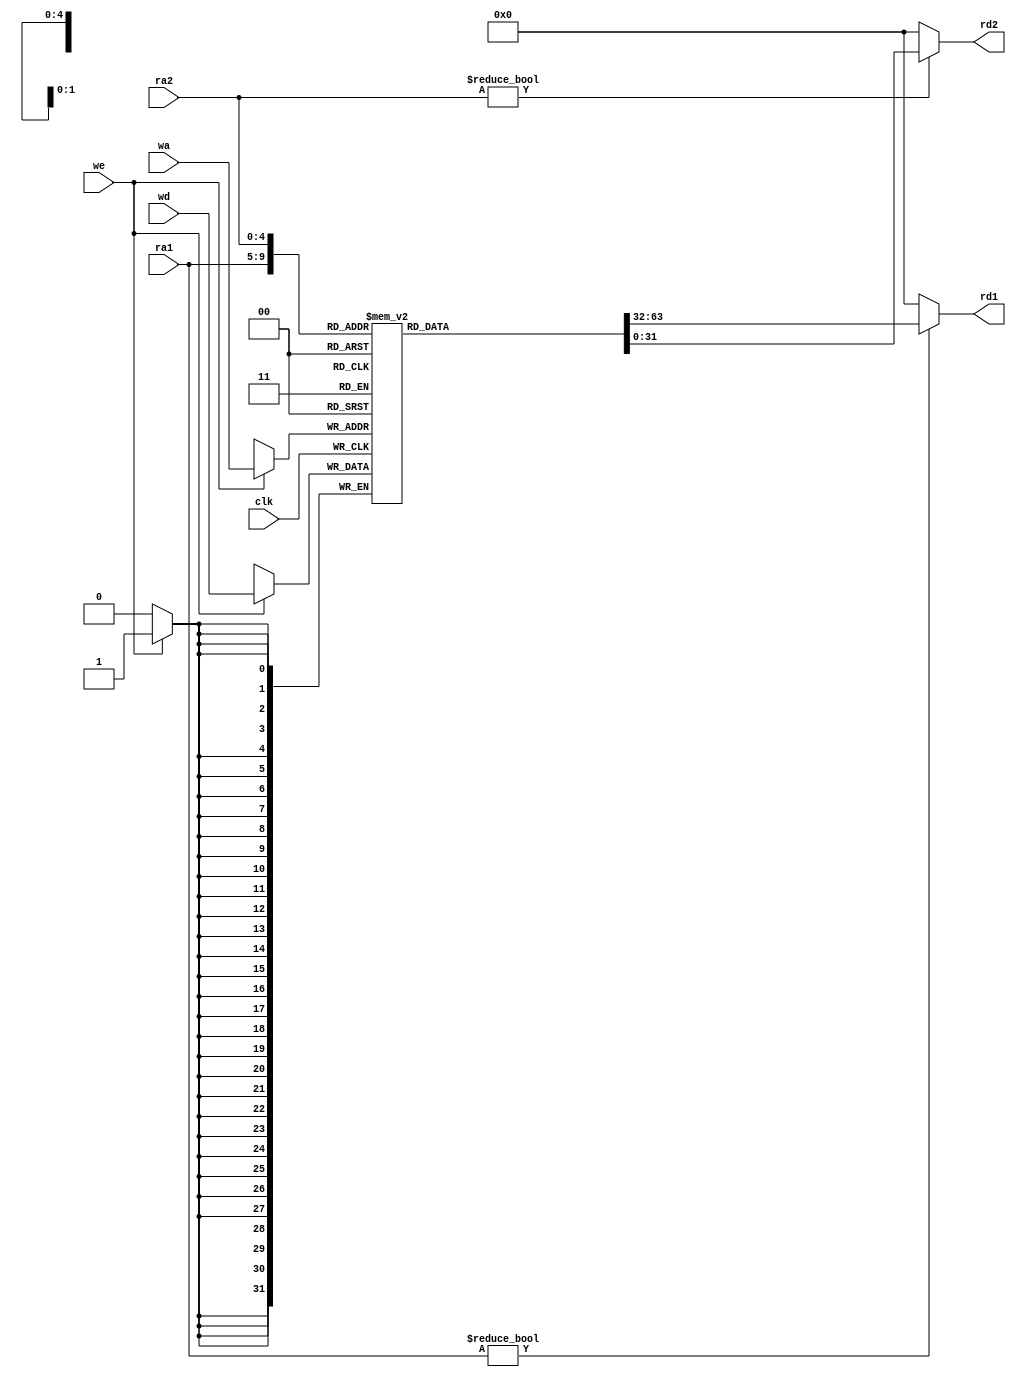
module Regfile(
   input clk, 
   input we,		                   //sign to write
   input [4:0] ra1, ra2, wa,	   //two read address, one write address	   
   input [31:0] wd,			           //data to write
   output [31:0] rd1, rd2);	      //data readed
   reg [31:0] rf [0:31];      //regfile
	
	initial 
	begin
    rf[0] = 32'b0; // 0register
    rf[9] = 32'b00000000000000000000000000000010;   //2
    rf[11] = 32'b00000000000000000000000000000100;   //4
 
   end
	
	always @(posedge clk)		
		if(we) rf[wa] <= wd;	
	
	//2 read port
	assign rd1 = (ra1 != 0)? rf[ra1]:0;
	assign rd2 = (ra2 != 0)? rf[ra2]:0;
	
endmodule